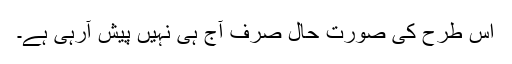
اس طرح کی صورت حال صرف آج ہی نہیں پیش آرہی ہے۔